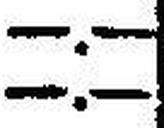
—.—